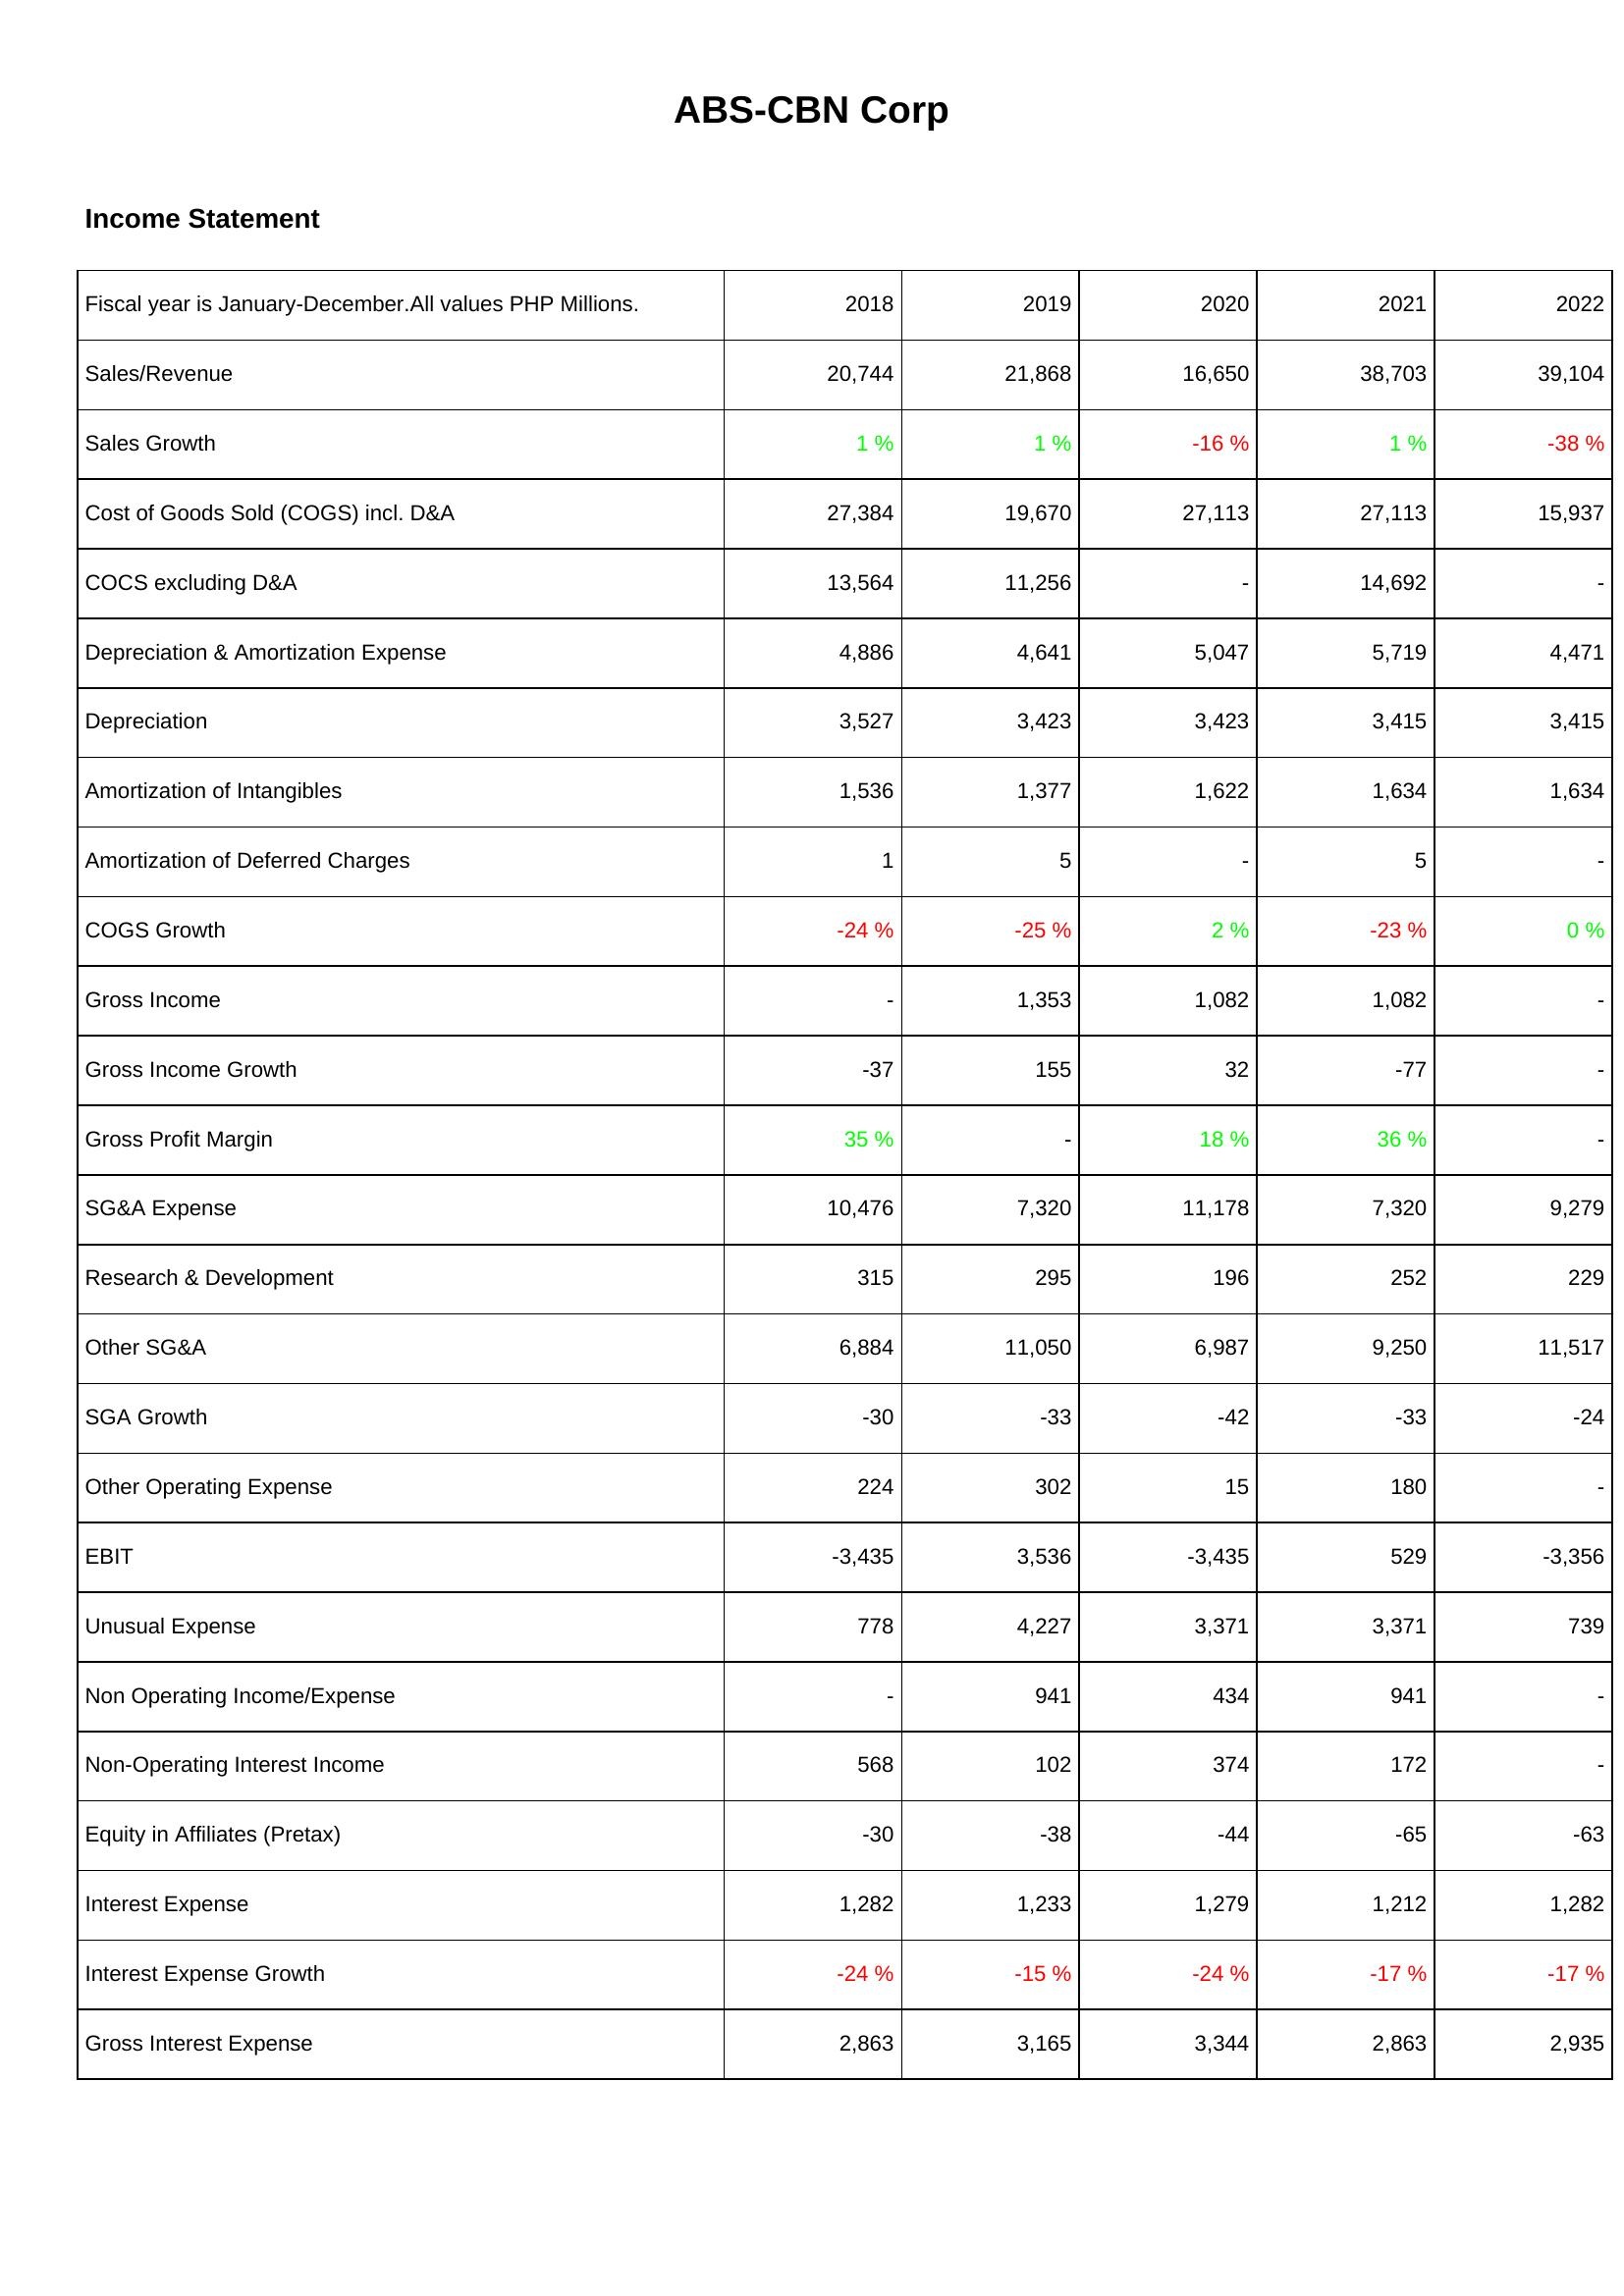
2018: Income Statement: Sales/Revenue: 20,744
Sales Growth: 1 %
Cost of Goods Sold (COGS) incl. D&A: 27,384
COCS excluding D&A: 13,564
Depreciation & Amortization Expense: 4,886
Depreciation: 3,527
Amortization of Intangibles: 1,536
Amortization of Deferred Charges: 1
COGS Growth: -24 %
Gross Income: -
Gross Income Growth: -37
Gross Profit Margin: 35 %
SG&A Expense: 10,476
Research & Development: 315
Other SG&A: 6,884
SGA Growth: -30
Other Operating Expense: 224
EBIT: -3,435
Unusual Expense: 778
Non Operating Income/Expense: -
Non-Operating Interest Income: 568
Equity in Affiliates (Pretax): -30
Interest Expense: 1,282
Interest Expense Growth: -24 %
Gross Interest Expense: 2,863
2019: Income Statement: Sales/Revenue: 21,868
Sales Growth: 1 %
Cost of Goods Sold (COGS) incl. D&A: 19,670
COCS excluding D&A: 11,256
Depreciation & Amortization Expense: 4,641
Depreciation: 3,423
Amortization of Intangibles: 1,377
Amortization of Deferred Charges: 5
COGS Growth: -25 %
Gross Income: 1,353
Gross Income Growth: 155
Gross Profit Margin: -
SG&A Expense: 7,320
Research & Development: 295
Other SG&A: 11,050
SGA Growth: -33
Other Operating Expense: 302
EBIT: 3,536
Unusual Expense: 4,227
Non Operating Income/Expense: 941
Non-Operating Interest Income: 102
Equity in Affiliates (Pretax): -38
Interest Expense: 1,233
Interest Expense Growth: -15 %
Gross Interest Expense: 3,165
2020: Income Statement: Sales/Revenue: 16,650
Sales Growth: -16 %
Cost of Goods Sold (COGS) incl. D&A: 27,113
COCS excluding D&A: -
Depreciation & Amortization Expense: 5,047
Depreciation: 3,423
Amortization of Intangibles: 1,622
Amortization of Deferred Charges: -
COGS Growth: 2 %
Gross Income: 1,082
Gross Income Growth: 32
Gross Profit Margin: 18 %
SG&A Expense: 11,178
Research & Development: 196
Other SG&A: 6,987
SGA Growth: -42
Other Operating Expense: 15
EBIT: -3,435
Unusual Expense: 3,371
Non Operating Income/Expense: 434
Non-Operating Interest Income: 374
Equity in Affiliates (Pretax): -44
Interest Expense: 1,279
Interest Expense Growth: -24 %
Gross Interest Expense: 3,344
2021: Income Statement: Sales/Revenue: 38,703
Sales Growth: 1 %
Cost of Goods Sold (COGS) incl. D&A: 27,113
COCS excluding D&A: 14,692
Depreciation & Amortization Expense: 5,719
Depreciation: 3,415
Amortization of Intangibles: 1,634
Amortization of Deferred Charges: 5
COGS Growth: -23 %
Gross Income: 1,082
Gross Income Growth: -77
Gross Profit Margin: 36 %
SG&A Expense: 7,320
Research & Development: 252
Other SG&A: 9,250
SGA Growth: -33
Other Operating Expense: 180
EBIT: 529
Unusual Expense: 3,371
Non Operating Income/Expense: 941
Non-Operating Interest Income: 172
Equity in Affiliates (Pretax): -65
Interest Expense: 1,212
Interest Expense Growth: -17 %
Gross Interest Expense: 2,863
2022: Income Statement: Sales/Revenue: 39,104
Sales Growth: -38 %
Cost of Goods Sold (COGS) incl. D&A: 15,937
COCS excluding D&A: -
Depreciation & Amortization Expense: 4,471
Depreciation: 3,415
Amortization of Intangibles: 1,634
Amortization of Deferred Charges: -
COGS Growth: 0 %
Gross Income: -
Gross Income Growth: -
Gross Profit Margin: -
SG&A Expense: 9,279
Research & Development: 229
Other SG&A: 11,517
SGA Growth: -24
Other Operating Expense: -
EBIT: -3,356
Unusual Expense: 739
Non Operating Income/Expense: -
Non-Operating Interest Income: -
Equity in Affiliates (Pretax): -63
Interest Expense: 1,282
Interest Expense Growth: -17 %
Gross Interest Expense: 2,935